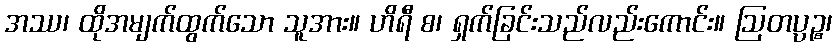
အဿ၊ ထိုအမျက်ထွက်သော သူအား။ ဟိရီ စ၊ ရှက်ခြင်းသည်လည်းကောင်း။ ဩတပ္ပဉ္စ၊